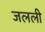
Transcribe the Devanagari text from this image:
जलली